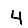
Digit: 4